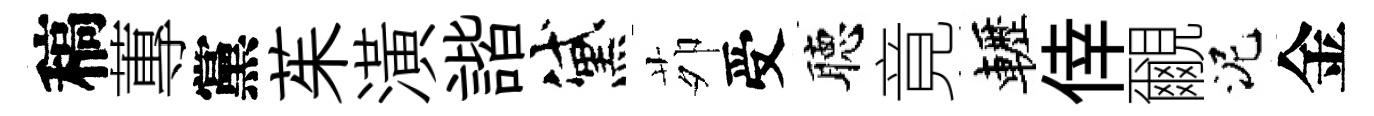
稿蓴黨茱潢諧黛茆受聴竟轣倖覼泥金